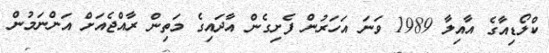
ކްލޯޑިއާގެ އާއިލާ 1989 ވަނަ އަހަރުން ފެށިގެން އާދައިގެ މަތިން ރާއްޖެއަށް އަންނަމުން